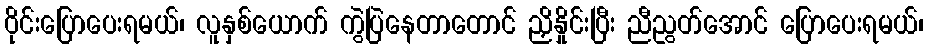
ဝိုင်းပြောပေးရမယ်၊ လူနှစ်ယောက် ကွဲပြဲနေတာတောင် ညှိနှိုင်းပြီး ညီညွတ်အောင် ပြောပေးရမယ်၊